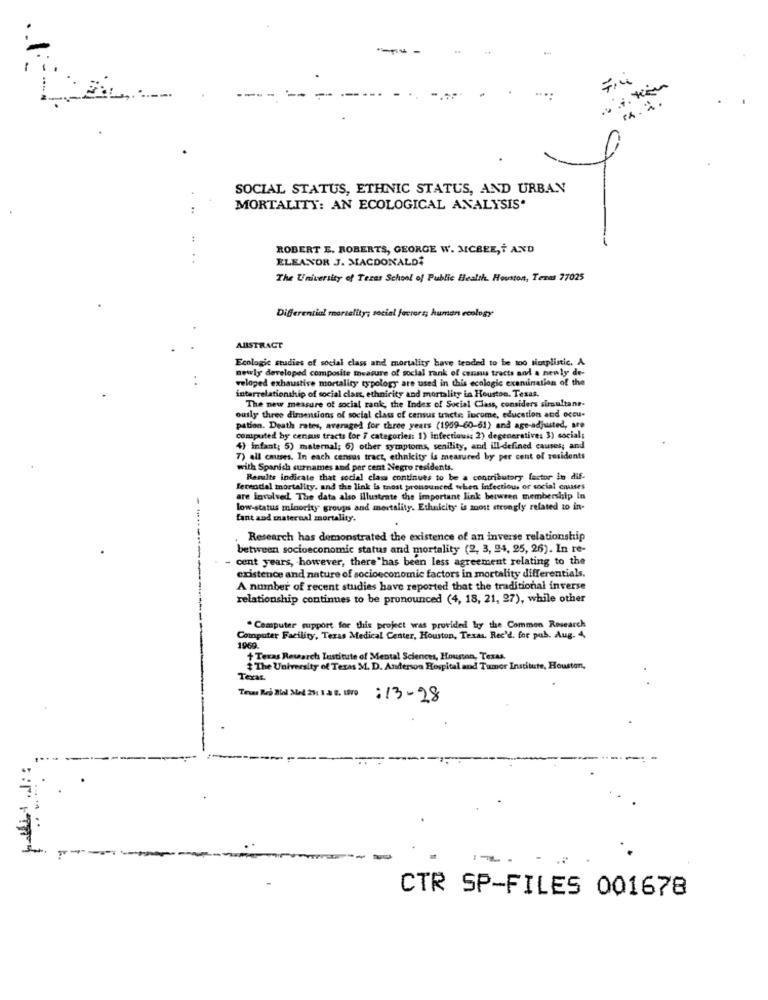
SOCIAL STATUS, ETHNIC STATUS, AND URBAN
MORTALITY: AN ECOLOGICAL ANALYSIS.
ROBERT E. ROBERTS, GEORGE W. MCBEE,T AND
ELEANOR J. MACDONALDE
The University of Texas School of Public Health. Houston, Texas 77025
Differential mortality; social factors; human ecology
ABSTRACT
Ecologic studies of social class and mortality have teaded to be too sintplistic. A.
newly developed composite measure of social rank of census tracts and a newly de-
. .
veloped exhaustive mortality typology are used in this ecologic exenunation of the
interrelationship of social class, ethnicity and mortality in Houston, Texas.
The new measure of social rank, the Index of Social Class, considers sirsultane-
ously three dimensions of social class of census tracti: income, education and occu-
pation. Death rates, averaged for three years (1959-60-61) and age-adjusted, are
computed by census tracts for 7 categories: 1) infectious: 2) degeneratives 3) social;
4) infant; 5) maternal; 6) other symptoms, senility, and ill-defined causes; and
7) all causes. In each census tract, ethnicity is measured by per cent of residents
with Spanish surnames and per cent Negro residents.
Results indicate that social class continues to be a contributory factor In dif-
ferendal mortality, and the link is tnost pronounced when infectious or social cnuses
are involved. The data also illustrate the important link between membership In
low-status minority groups and mortality. Ethnicity is anost strongly related to in-
fant and maternal mortality.
Research has demonstrated the existence of an inverse relationship
between socioeconomic status and mortality (2, 3, 94, 25, 26). In re-
cent years, however, there "has been less agreement relating to the
existence and nature of socioeconomic factors in mortality differentials.
A number of recent studies have reported that the traditional inverse
relationship continues to be pronounced (4, 18, 21, 27), while other
" Computer support for this project was provided by the Common Research
Computer Facility, Texas Medical Center, Houston, Texas. Rec'd. for pab. Aug. 4,
1969
+ Texas Research Lustitute of Mental Sciences, Houston, Texas.
+ The University of Texas M. D. Anderson Hospital and Tumor Institute, Houston,
.
Teras
:13 - 28
::
CTR SP-FILES 001678